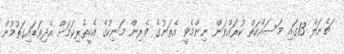
ޗެނަލް 13ގައި މަސައްކަތް ކުރައްވަން ނިންމެވީ އެތަނުގެ ވެރިން މަނިކުގެ އެހީތެރިކަމަށް އެދިވަޑައިގަތުމުން